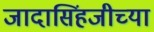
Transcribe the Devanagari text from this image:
जादासिंहजीच्या